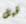
قبل